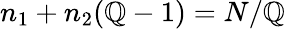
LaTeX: n_{1}+n_{2}(\mathbb{Q}-1)=N/\mathbb{Q}